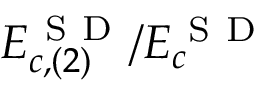
E _ { c , ( 2 ) } ^ { \mathrm { ~ S ~ D ~ } } / E _ { c } ^ { \mathrm { ~ S ~ D ~ } }